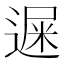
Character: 𨕄